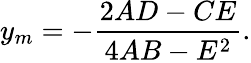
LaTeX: y_{m}=-{\frac{2AD-CE}{4AB-E^{2}}}.